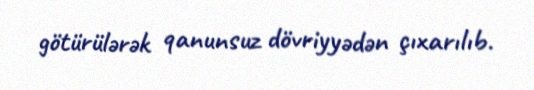
götürülərək qanunsuz dövriyyədən çıxarılıb.